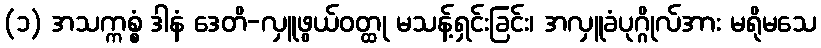
(၁) အသက္ကစ္စံ ဒါနံ ဒေတိ-လှူဖွယ်ဝတ္ထု မသန့်ရှင်းခြင်း၊ အလှူခံပုဂ္ဂိုလ်အား မရိုမသေ